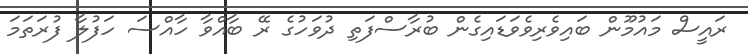
ރައީސް މައުމޫން ބައިވެރިވެވަޑައިގެން ބުރާސްފަތި ދުވަހުގެ ރޭ ބާއްވާ ހާއްސަ ހަފުލާ ފުރަތަމަ